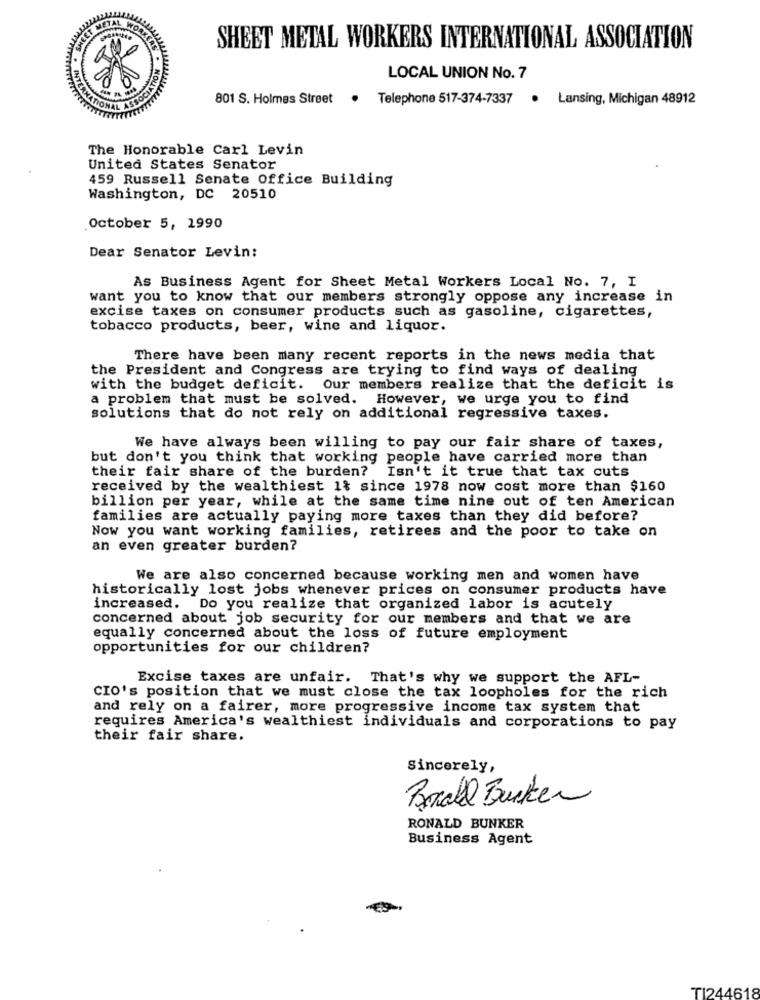
SHEET METAL WORKERS INTERNATIONAL ASSOCIATION
LOCAL UNION No. 7
801 S. Holmes Strøet
. Telephone 517-374-7337
. Lansing, Michigan 48912
The Honorable Carl Levin
United States Senator
459 Russell Senate Office Building
Washington, DC 20510
October 5, 1990
Dear Senator Levin:
As Business Agent for Sheet Metal Workers Local No. 7, I
want you to know that our members strongly oppose any increase in
excise taxes on consumer products such as gasoline, cigarettes,
tobacco products, beer, wine and liquor.
There have been many recent reports in the news media that
the President and Congress are trying to find ways of dealing
with the budget deficit. Our members realize that the deficit is
a problem that must be solved. However, we urge you to find
solutions that do not rely on additional regressive taxes.
We have always been willing to pay our fair share of taxes,
but don't you think that working people have carried more than
their fair share of the burden? Isn't it true that tax cuts
received by the wealthiest 1t since 1978 now cost more than $160
billion per year, while at the same time nine out of ten American
families are actually paying more taxes than they did before?
Now you want working families, retirees and the poor to take on
an even greater burden?
We are also concerned because working men and women have
historically lost jobs whenever prices on consumer products have
increased. Do you realize that organized labor is acutely
concerned about job security for our members and that we are
equally concerned about the loss of future employment
opportunities for our children?
Excise taxes are unfair. That's why we support the AFL-
CIO's position that we must close the tax loopholes for the rich
and rely on a fairer, more progressive income tax system that
requires America's wealthiest individuals and corporations to pay
their fair share.
Sincerely,
Bonall Busker
RONALD BUNKER
Business Agent
TI244618